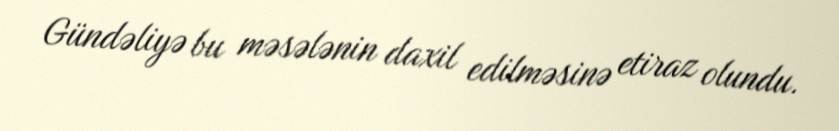
Gündəliyə bu məsələnin daxil edilməsinə etiraz olundu.